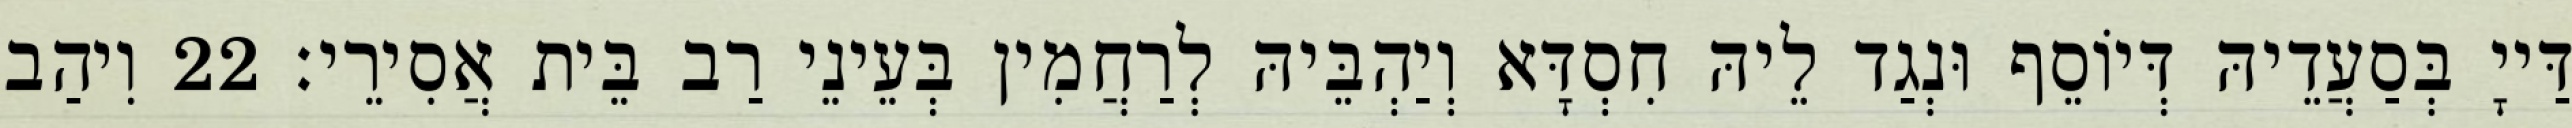
דַּייָ בְּסַעֲדֵיהּ דְּיוֹסֵף וּנְגַד לֵיהּ חִסְדָּא וְיַהְבֵּיהּ לְרַחֲמִין בְּעֵינֵי רַב בֵּית אֲסִירֵי׃ 22 וִיהַב